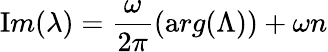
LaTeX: {\mathrm{I}m}(\lambda)=\frac{\omega}{2\pi}({\mathrm{a}rg}(\Lambda))+\omega n